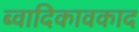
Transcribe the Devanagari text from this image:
ब्वादिकावकाद